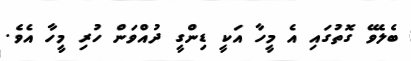
ބެލެވޭ ގޮތުގައި އެ މީހާ އަކީ ޑިންގީ ދުއްވަން ހުރި މީހާ އެވެ.